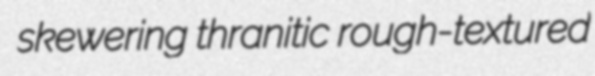
skewering thranitic rough-textured